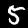
Label: 5